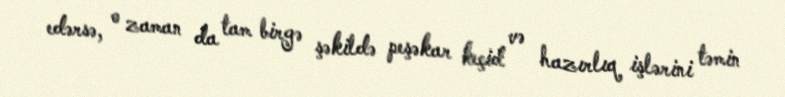
edərsə, o zaman da tam birgə şəkildə peşəkar keçid və hazırlıq işlərini təmin